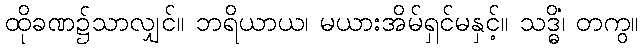
ထိုခဏ၌သာလျှင်။ ဘရိယာယ၊ မယားအိမ်ရှင်မနှင့်။ သဒ္ဓိံ၊ တကွ။